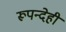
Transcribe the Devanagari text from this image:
रूपन्देही